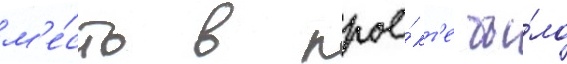
м'е́сто в прое́кт'е бы́ло